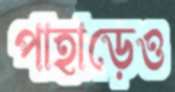
পাহাড়েও